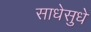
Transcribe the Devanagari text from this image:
साधेसुधे